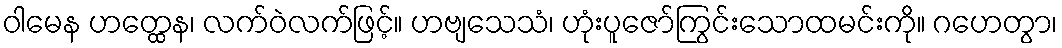
ဝါမေန ဟတ္ထေန၊ လက်ဝဲလက်ဖြင့်။ ဟဗျသေသံ၊ ဟုံးပူဇော်ကြွင်းသောထမင်းကို။ ဂဟေတွာ၊